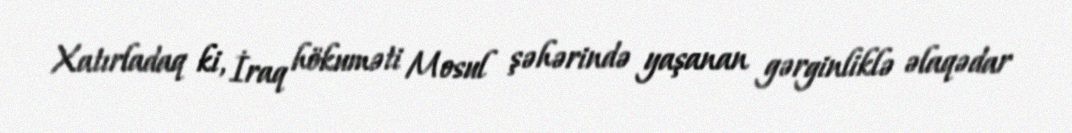
Xatırladaq ki, İraq hökuməti Mosul şəhərində yaşanan gərginliklə əlaqədar